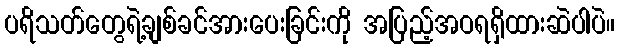
ပရိသတ်တွေရဲ့ချစ်ခင်အားပေးခြင်းကို အပြည့်အဝရရှိထားဆဲပါပဲ။